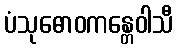
ပံသုဓောဝကန္တေဝါသီ